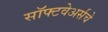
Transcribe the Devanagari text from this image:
सॉफ्टवेअर्सचे